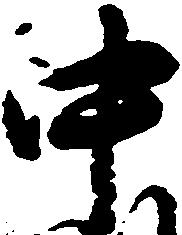
中